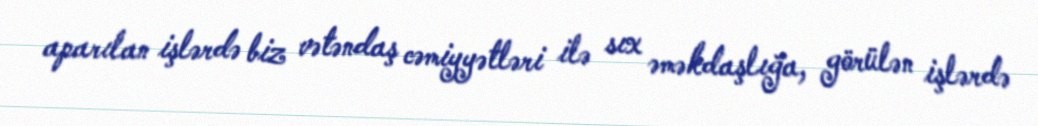
aparılan işlərdə biz vətəndaş cəmiyyətləri ilə sıx əməkdaşlığa, görülən işlərdə